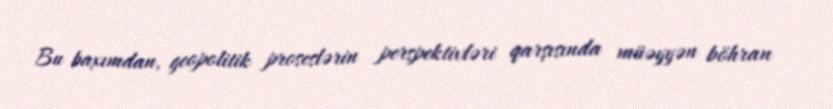
Bu baxımdan, geopolitik proseslərin perspektivləri qarşısında müəyyən böhran